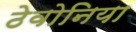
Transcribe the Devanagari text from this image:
ठेवोनिया